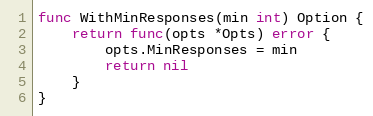
Language: Go
func WithMinResponses(min int) Option {
	return func(opts *Opts) error {
		opts.MinResponses = min
		return nil
	}
}